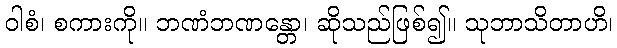
ဝါစံ၊ စကားကို။ ဘဏံဘဏန္တော၊ ဆိုသည်ဖြစ်၍။ သုဘာသိတာဟိ၊